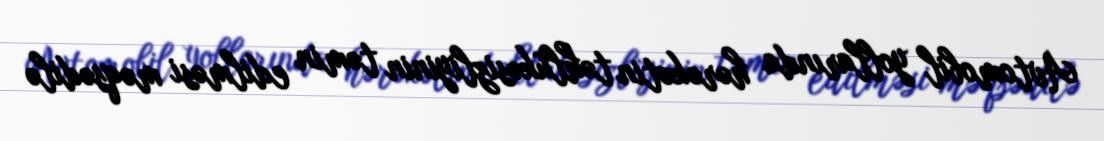
Avtomobil yollarında hərəkətin təhlükəsizliyinin təmin edilməsi məqsədilə